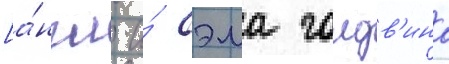
[а́нгл. и́ сэма голдв'ина